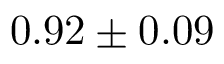
0 . 9 2 \pm 0 . 0 9